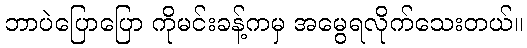
ဘာပဲပြောပြော ကိုမင်းခန့်ကမှ အမွေရလိုက်သေးတယ်။